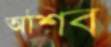
অশিব